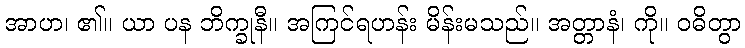
အာဟ၊ ၏။ ယာ ပန ဘိက္ခုနီ။ အကြင်ရဟန်း မိန်းမသည်။ အတ္တာနံ၊ ကို။ ဝဓိတွာ